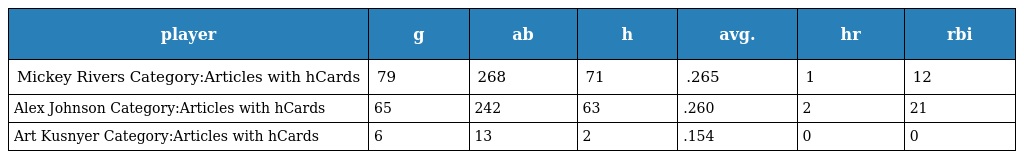
| player | g | ab | h | avg. | hr | rbi |
 | --- | --- | --- | --- | --- | --- | --- |
 | Mickey Rivers Category:Articles with hCards | 79 | 268 | 71 | .265 | 1 | 12 |
 | Alex Johnson Category:Articles with hCards | 65 | 242 | 63 | .260 | 2 | 21 |
 | Art Kusnyer Category:Articles with hCards | 6 | 13 | 2 | .154 | 0 | 0 |